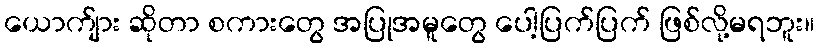
ယောက်ျား ဆိုတာ စကားတွေ အပြုအမူတွေ ပေါ့ပြက်ပြက် ဖြစ်လို့မရဘူး။